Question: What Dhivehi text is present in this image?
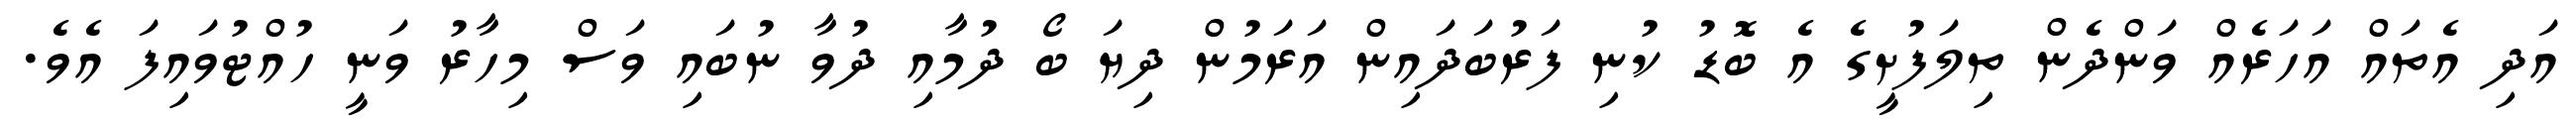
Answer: އަދި އެތައް އަހަރެއް ވަންދެން ތިލަފުށީގެ އެ ބޮޑު ކުނި ފަރުބަދައިން އަރަމުން ދިޔަ ބޯ ދުމާއި ދުވާ ނުބައި ވަސް މިހާރު ވަނީ ހުއްޓުވައިފަ އެވެ.